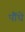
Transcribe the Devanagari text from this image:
पौंधे